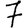
Digit: 7